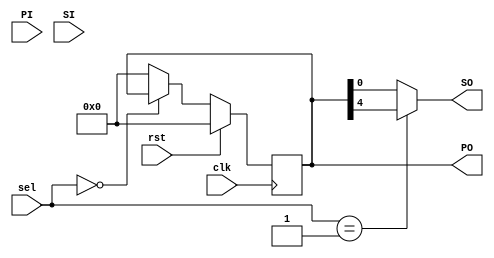
/*************************************
    5 bit Universal Shift Register
*************************************/

module USR(PO,SO,sel,clk,rst,PI,SI);
input SI,clk,rst;
input [1:0]sel;
input [4:0]PI;
output reg [4:0]PO;
output SO;

always @(posedge clk) begin
    if(rst)
        PO <= 0;
    else
        case(sel)
            2'b00: PO <= PO; // No Change
            2'b00: PO <= {PO[3:0],SI}; // Left shift
            2'b00: PO <= {SI,PO[4:1]}; // Right shift
            2'b00: PO <= PI; // Parallel out
            default: PO<=0; 
        endcase
end

assign SO = (sel==2'b01)?PO[4]:PO[0];

endmodule